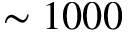
\sim 1 0 0 0